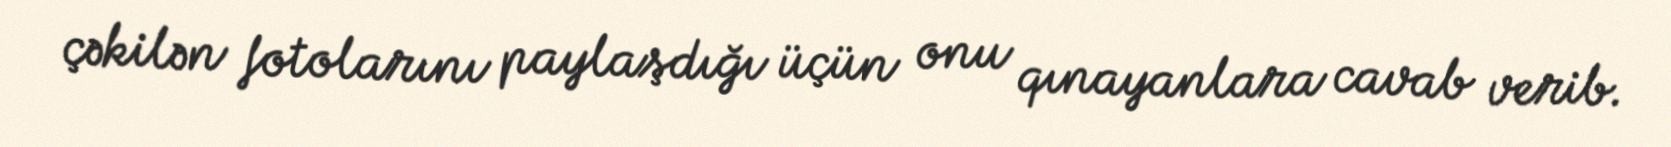
çəkilən fotolarını paylaşdığı üçün onu qınayanlara cavab verib.